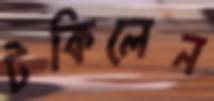
টকিলেন